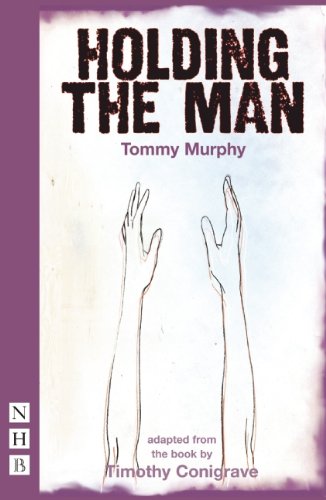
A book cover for Holding the Man; Timothy Conigrave; Literature & Fiction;